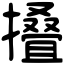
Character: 𢶣